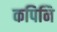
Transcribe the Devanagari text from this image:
कपिनि